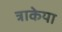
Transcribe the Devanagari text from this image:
त्राकेया